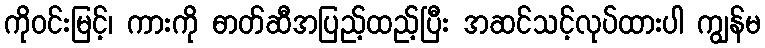
ကိုဝင်းမြင့်၊ ကားကို ဓာတ်ဆီအပြည့်ထည့်ပြီး အဆင်သင့်လုပ်ထားပါ ကျွန်မ